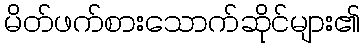
မိတ်ဖက်စားသောက်ဆိုင်များ၏